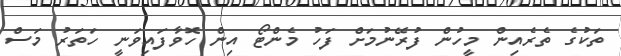
ތަކުގެ ތެރެއިން މީހުން ފުރޭނުމަށް ފަހު މެންޓޯ އިން ހޮވާފައިވަނީ ހަތަރު މަސް